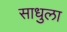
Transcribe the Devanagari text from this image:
साधुला